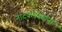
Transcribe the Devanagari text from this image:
नाटकवेड्यांना